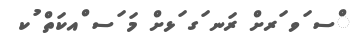
ްސ ަވ ަރށް ރަނ ަގ ަޅށް މަ ަސ ްއކަތް ުކ